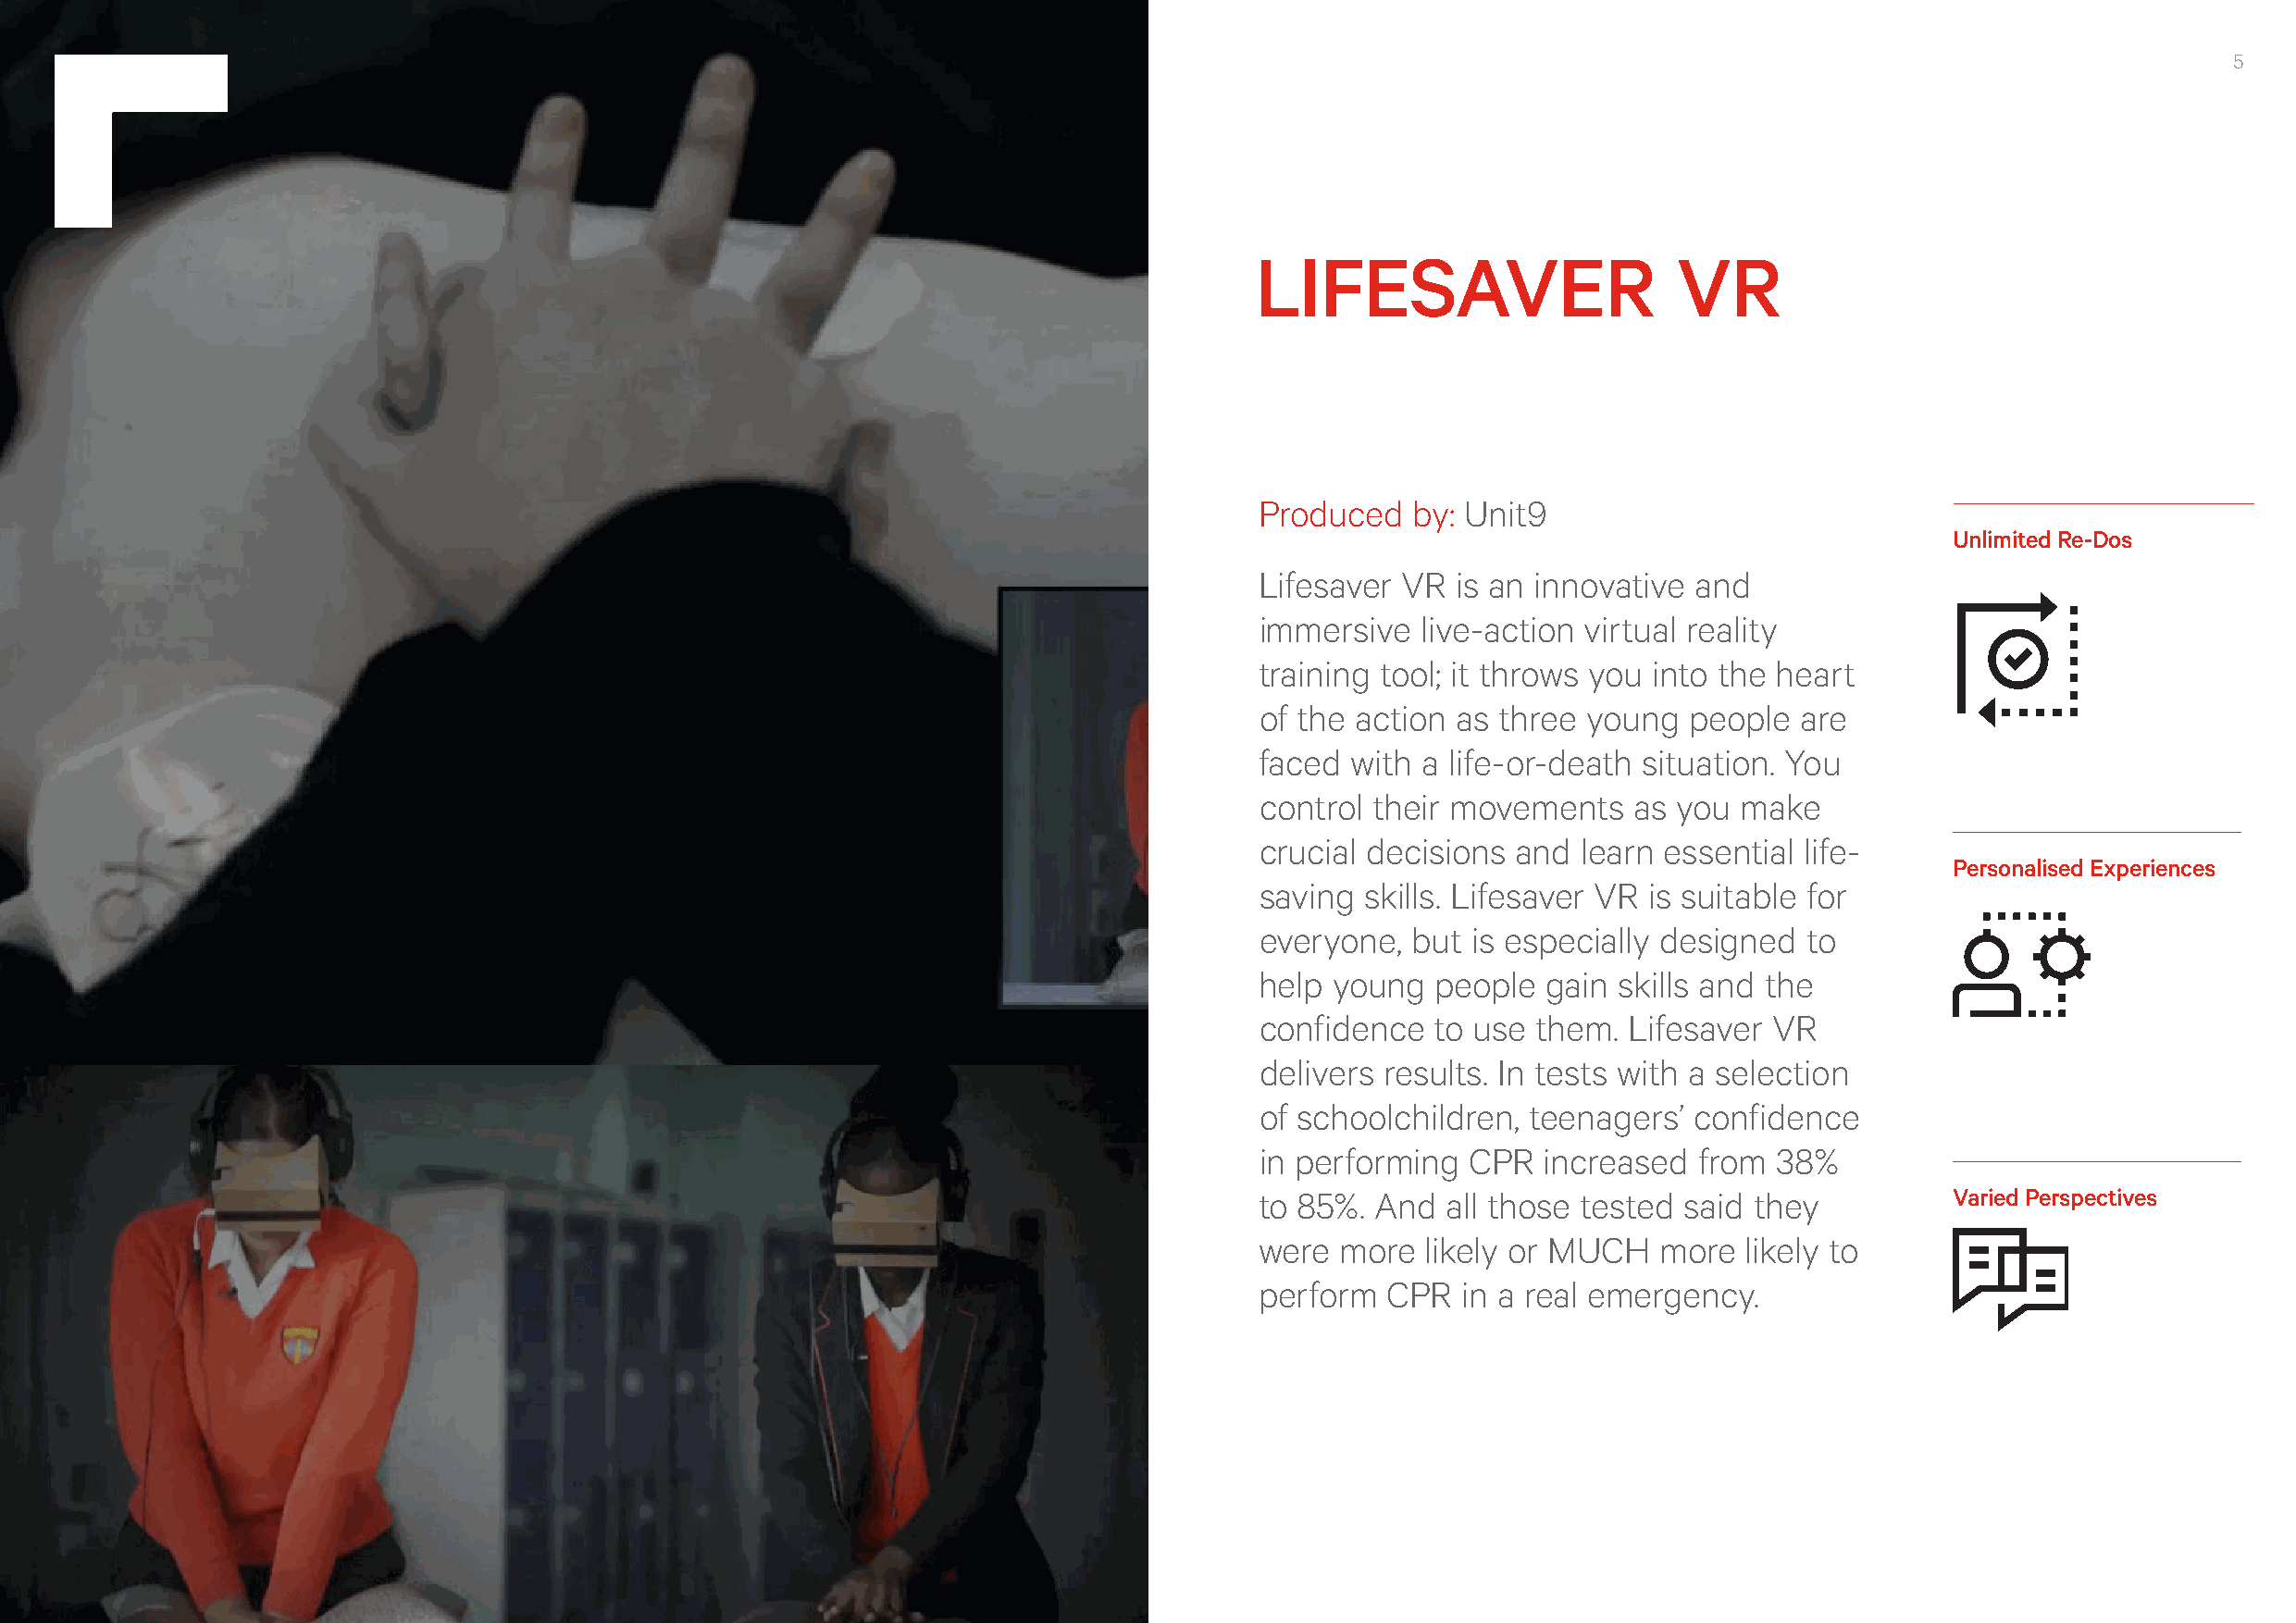
Immers
 BIMA Immersive Report                                                                                                                                       5
 LIFESAVER                     VR
 Produced   by: Unit9
 Unlimited Re-Dos
 Lifesaver VR  is an innovative and
 immersive   live-action virtual reality
 training tool; it throws you into the heart
 of the action as three young   people  are
 faced  with a life-or-death situation. You
 control their movements    as you make
 crucial decisions and  learn essential life-
 Personalised Experiences
 saving  skills. Lifesaver VR is suitable for
 everyone,  but is especially designed  to
 help young   people  gain skills and the
 confidence   to use them. Lifesaver  VR
 delivers results. In tests with a selection
 of schoolchildren, teenagers’  confidence
 in performing  CPR  increased  from  38%
 to 85%. And  all those tested said they           Varied Perspectives
 were  more  likely or MUCH   more  likely to
 perform  CPR   in a real emergency.